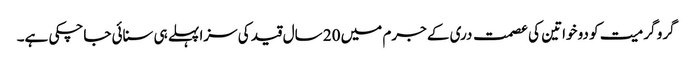
گرو گرمیت کو دو خواتین کی عصمت دری کے جرم میں 20 سال قید کی سزا پہلے ہی سنائی جاچکی ہے۔